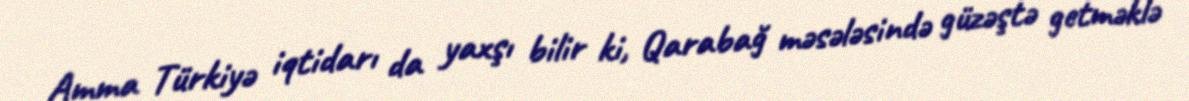
Amma Türkiyə iqtidarı da yaxşı bilir ki, Qarabağ məsələsində güzəştə getməklə